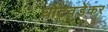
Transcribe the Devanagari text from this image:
घोटवडेकर